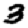
Digit: 3